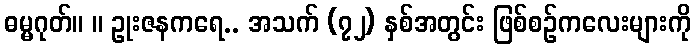
ဓမ္မဂုတ်။ ။ ဥုးဇနကရေ.. အသက် (၇၂) နှစ်အတွင်း ဖြစ်စဉ်ကလေးများကို